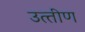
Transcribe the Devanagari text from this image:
उत्‍तीण